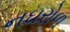
નઘરોળ